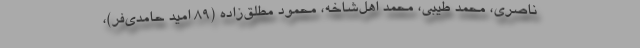
ناصری، محمد طیبی، محمد اهل‌شاخه، محمود مطلق‌زاده (۸۹ امید حامدی‌فر)،